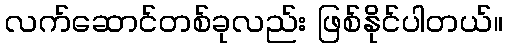
လက်ဆောင်တစ်ခုလည်း ဖြစ်နိုင်ပါတယ်။